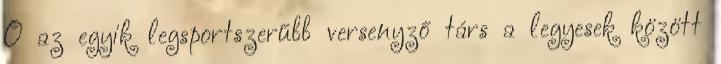
Ő az egyik legsportszerűbb versenyző társ a legyesek között